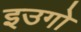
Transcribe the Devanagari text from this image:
इउगो